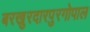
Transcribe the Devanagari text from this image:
बरखुरदारपुरगोपाल